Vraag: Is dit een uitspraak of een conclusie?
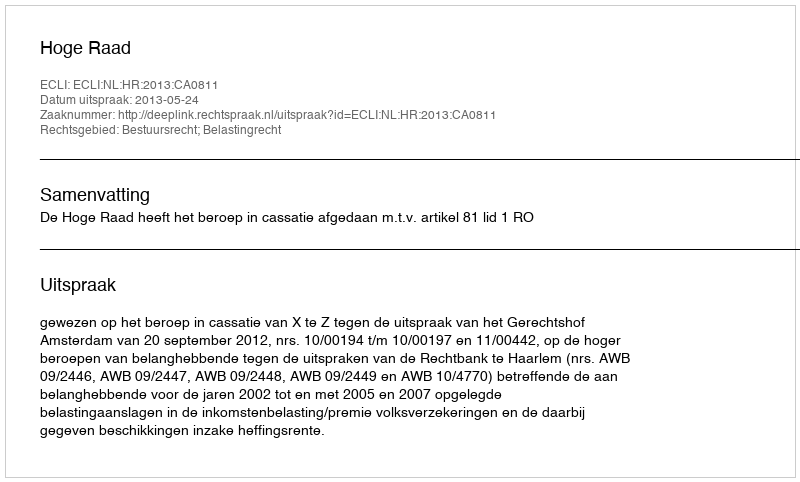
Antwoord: Uitspraak